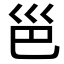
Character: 𪩡